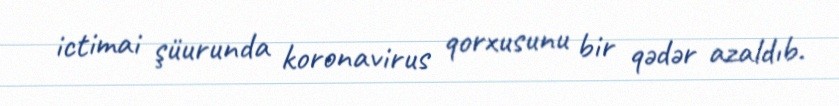
ictimai şüurunda koronavirus qorxusunu bir qədər azaldıb.